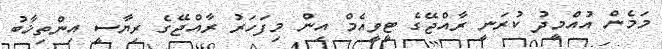
މަމެން އުއްމީދު ކުރަނީ ރާއްޖޭގެ ޓީވީއެމް އިން މިފަހަރު ރާއްޖޭގެ ރިޔާސީ އިންތިޚާބު